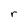
Character: r